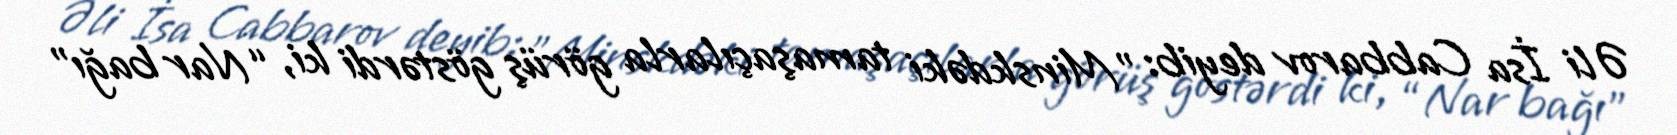
Əli İsa Cabbarov deyib: "Minskdəki tamaşaçılarla görüş göstərdi ki, “Nar bağı”